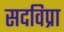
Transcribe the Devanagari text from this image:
सदविप्रा